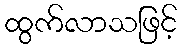
ထွက်လာသဖြင့်